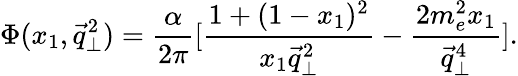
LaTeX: \Phi(x_{1},\vec{q}_{\bot}^{2})=\frac{\alpha}{2\pi}[\frac{1+(1-x_{1})^{2}}{x_{1}\vec{q}_{\bot}^{2}}-\frac{2m_{e}^{2}x_{1}}{\vec{q}_{\bot}^{4}}].